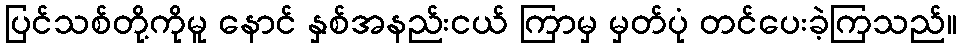
ပြင်သစ်တို့ကိုမူ နောင် နှစ်အနည်းငယ် ကြာမှ မှတ်ပုံ တင်ပေးခဲ့ကြသည်။